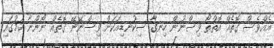
އެއްވެސް ގޮތެއް އޮތްތޯ ވިސްނުން ހިނގާ ސިކުނޑިއަކަށް ވިސްނޭނޭ ގޮތެއް ނޯންނާ ކަމުގައި